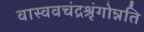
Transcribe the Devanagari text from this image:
वास्ववचंद्रश्रृंगोन्नति